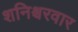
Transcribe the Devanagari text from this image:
शनिश्चरवार